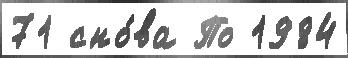
71 сно́ва По 1984